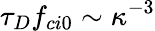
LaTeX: \tau_{D}f_{ci0}\sim\kappa^{-3}